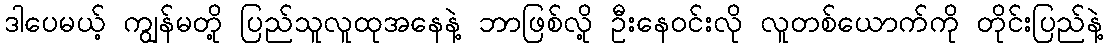
ဒါပေမယ့် ကျွန်မတို့ ပြည်သူလူထုအနေနဲ့ ဘာဖြစ်လို့ ဦးနေဝင်းလို လူတစ်ယောက်ကို တိုင်းပြည်နဲ့